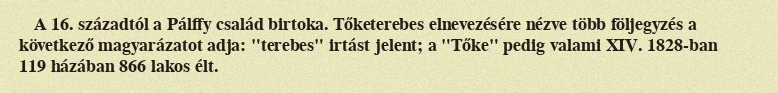
A 16. századtól a Pálffy család birtoka. Tőketerebes elnevezésére nézve több följegyzés a következő magyarázatot adja: "terebes" irtást jelent; a "Tőke" pedig valami XIV. 1828-ban 119 házában 866 lakos élt.